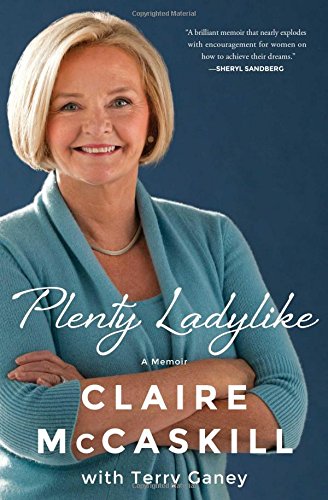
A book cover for Plenty Ladylike: A Memoir; Claire McCaskill; Biographies & Memoirs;